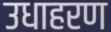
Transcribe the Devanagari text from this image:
उधाहरण